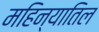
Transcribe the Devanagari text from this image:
महिन्यातिल